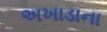
અખાડાના